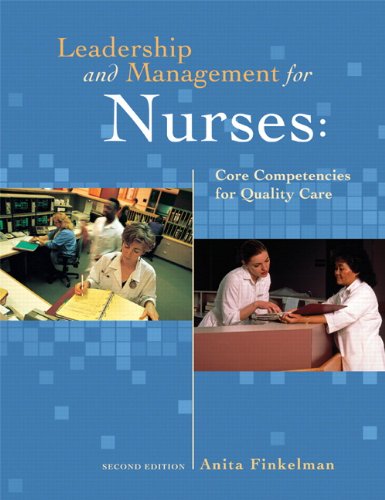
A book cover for Leadership and Management for Nurses: Core Competencies for Quality Care (2nd Edition); Anita Finkelman; Medical Books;